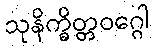
သုနိက္ခိတ္တဝဂ္ဂေါ